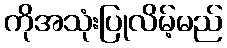
ကိုအသုံးပြုလိမ့်မည်